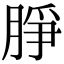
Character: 㬹